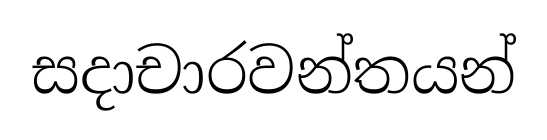
සදාචාරවන්තයන්